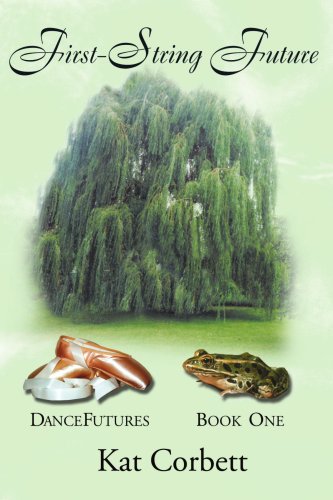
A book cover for First-String Future (Dancefutures); Kat Corbett; Teen & Young Adult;